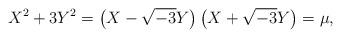
LaTeX: \begin{align*}X^{2}+3Y^{2}=\left( X-\sqrt{-3}Y\right) \left( X+\sqrt{-3}Y\right) =\mu,\end{align*}